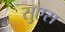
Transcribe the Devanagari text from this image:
सुएस